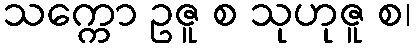
သက္ကော ဥဇူ စ သုဟုဇူ စ၊